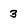
Character: 3